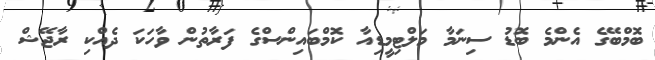
ބޮމްބޭގެ އެންމެ ބޮޑު ސިނަމާ މަލްޓިމީޑިއާ ކޮމްބައިންސްގެ ފަރާތުން ވާހަކަ ދެއްކި ރާޖޭޝް